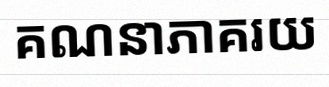
គណនាភាគរយ